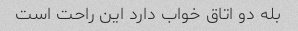
بله دو اتاق خواب دارد این راحت است